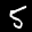
Label: 5